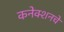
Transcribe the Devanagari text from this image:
कनेक्शनचे